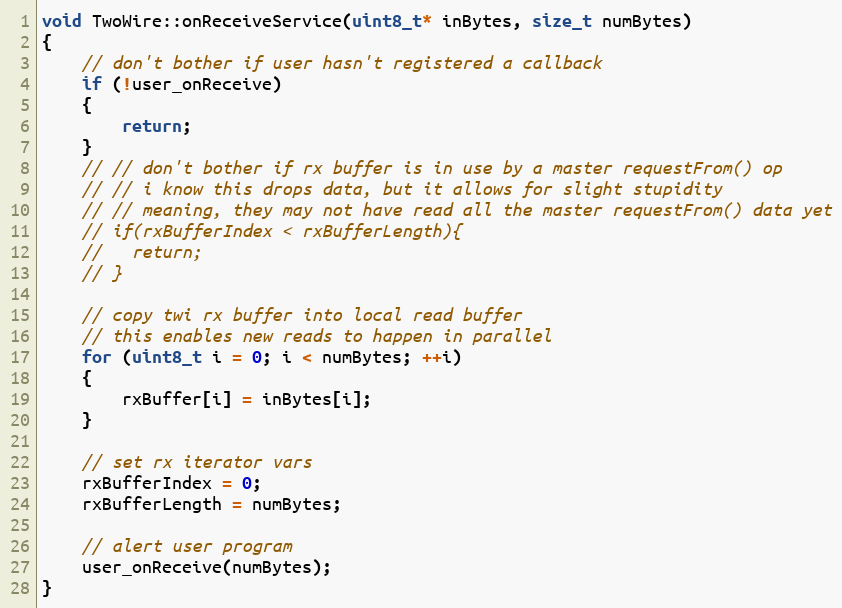
Language: C++
void TwoWire::onReceiveService(uint8_t* inBytes, size_t numBytes)
{
    // don't bother if user hasn't registered a callback
    if (!user_onReceive)
    {
        return;
    }
    // // don't bother if rx buffer is in use by a master requestFrom() op
    // // i know this drops data, but it allows for slight stupidity
    // // meaning, they may not have read all the master requestFrom() data yet
    // if(rxBufferIndex < rxBufferLength){
    //   return;
    // }

    // copy twi rx buffer into local read buffer
    // this enables new reads to happen in parallel
    for (uint8_t i = 0; i < numBytes; ++i)
    {
        rxBuffer[i] = inBytes[i];
    }

    // set rx iterator vars
    rxBufferIndex = 0;
    rxBufferLength = numBytes;

    // alert user program
    user_onReceive(numBytes);
}